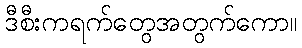
ဒီစီးကရက်တွေအတွက်ကော။